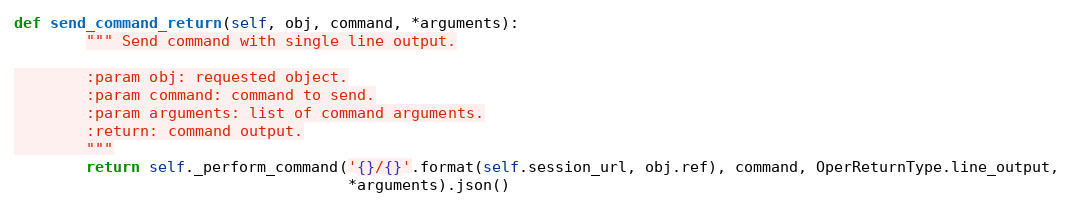
Language: Python
def send_command_return(self, obj, command, *arguments):
        """ Send command with single line output.

        :param obj: requested object.
        :param command: command to send.
        :param arguments: list of command arguments.
        :return: command output.
        """
        return self._perform_command('{}/{}'.format(self.session_url, obj.ref), command, OperReturnType.line_output,
                                     *arguments).json()